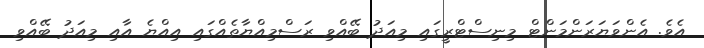
އެވެ. އެންވަޔަރަންމަންޓް މިނިސްޓްރީގައި މިއަދު ބޭއްވި ރަސްމިއްޔާތެއްގައި އިއްޔެ އާއި މިއަދު ބޭއްވި